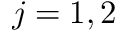
j = 1 , 2